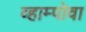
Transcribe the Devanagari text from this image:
व्हाम्पोवा